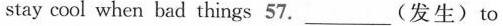
stay cool when bad things 57. ___ (发生) to